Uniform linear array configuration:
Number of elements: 4
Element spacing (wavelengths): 0.5
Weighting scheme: hamming
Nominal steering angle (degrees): -60
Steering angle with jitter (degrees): -60.024
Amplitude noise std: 0.05
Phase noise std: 0.05

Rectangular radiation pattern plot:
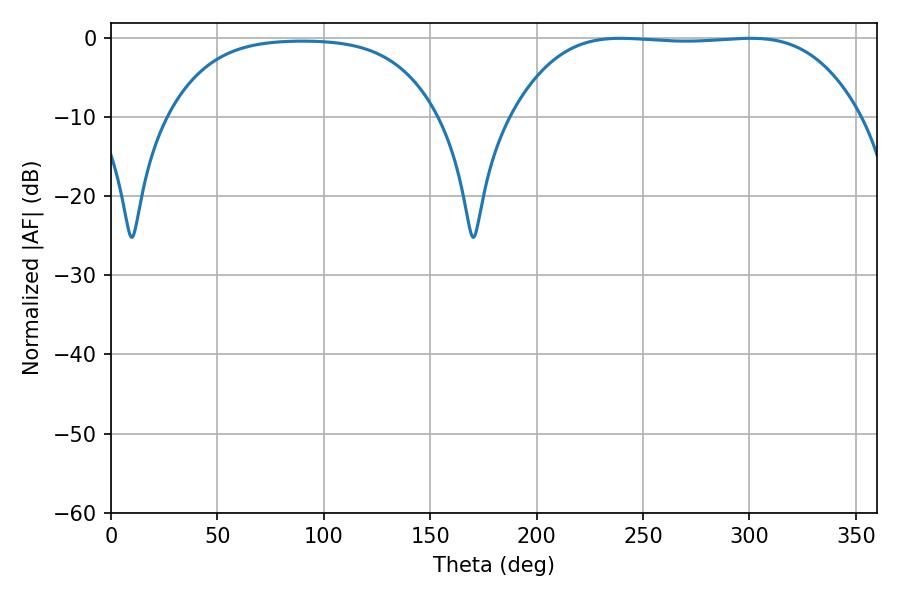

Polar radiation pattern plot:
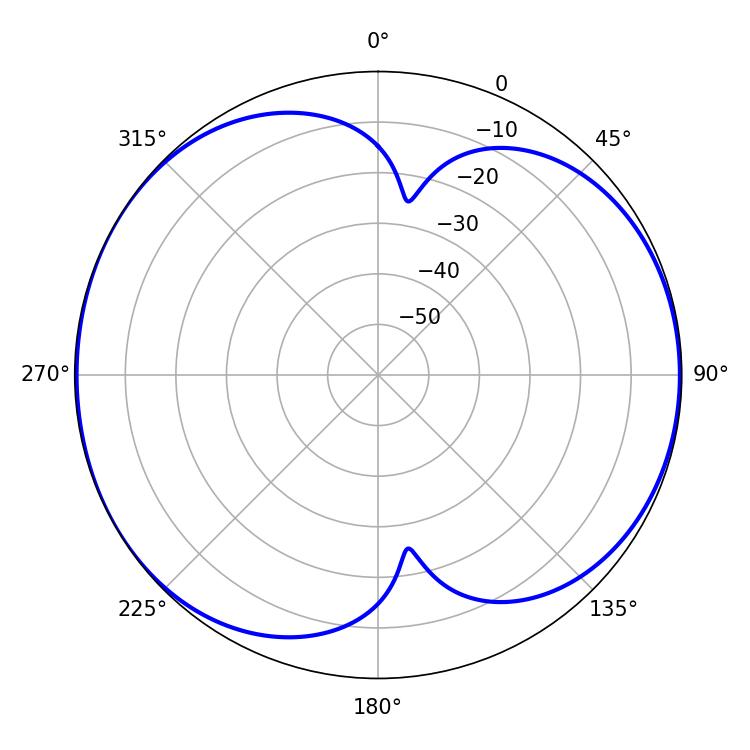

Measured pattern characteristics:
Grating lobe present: FALSE
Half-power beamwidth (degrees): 126.36
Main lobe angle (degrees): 239.4